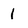
Character: 1